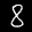
Label: 8